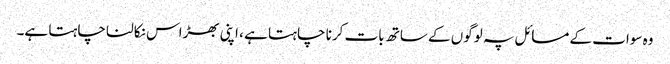
وہ سوات کے مسائل پہ لوگوں کے ساتھ بات کرنا چاہتا ہے ، اپنی بھڑاس نکالنا چاہتا ہے۔